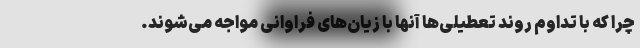
چرا که با تداوم روند تعطیلی‌ها آنها با زیان‌های فراوانی مواجه می‌شوند.